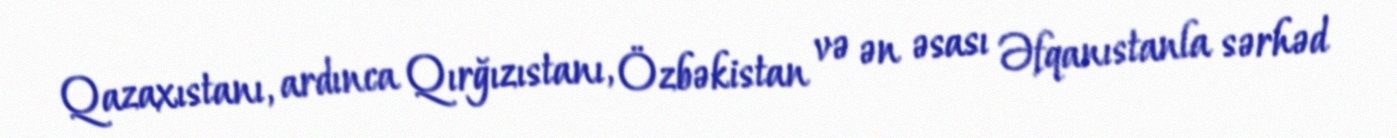
Qazaxıstanı, ardınca Qırğızıstanı, Özbəkistan və ən əsası Əfqanıstanla sərhəd